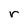
Character: r